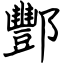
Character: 酆